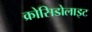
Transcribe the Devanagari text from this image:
क्रोसिडोलाइट